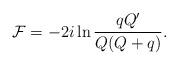
LaTeX: \begin{align*}{\cal F} = - 2i \ln\frac{q Q'}{Q(Q + q)}. \end{align*}